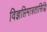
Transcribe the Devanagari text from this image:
विज्ञप्तिमात्रतासिद्धि